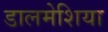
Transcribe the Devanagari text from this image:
डालमेशिया